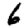
Digit: 6